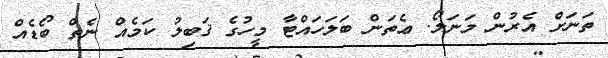
ތަނަށް އެރުން މަނަލޯ. ޢެތަން ބަލަހައްޓާ މީހުގެ ޤަބިލު ކަމެއް ނެތް ބޯޑެއް